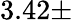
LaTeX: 3.42\pm